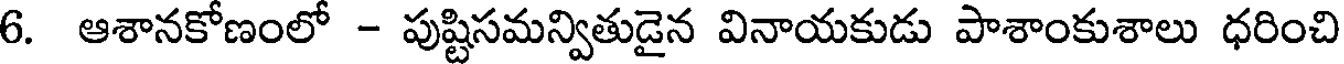
6. ఆశానకోణంలో - పుష్టిసమన్వితుడైన వినాయకుడు పాశాంకుశాలు ధరించి